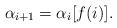
LaTeX: \begin{align*}\alpha_{i+1}=\alpha_i [f(i)].\end{align*}